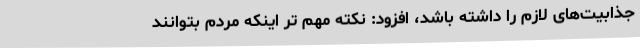
جذابیت‌های لازم را داشته باشد، افزود: نکته مهم تر اینکه مردم بتوانند